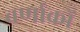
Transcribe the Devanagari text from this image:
वर्णाकों